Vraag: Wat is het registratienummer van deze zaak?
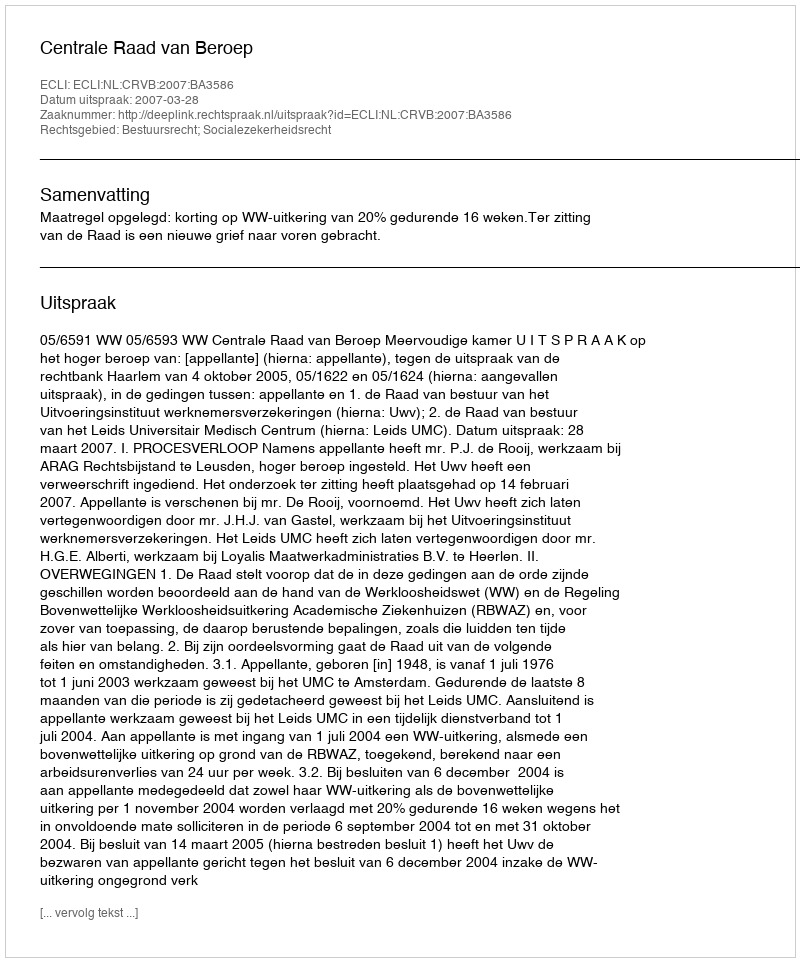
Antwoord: http://deeplink.rechtspraak.nl/uitspraak?id=ECLI:NL:CRVB:2007:BA3586